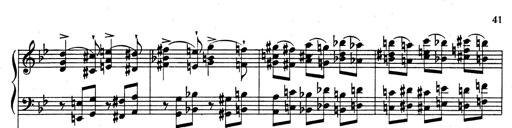
Title: Rhapsodie espagnole
Composer: Franz Liszt